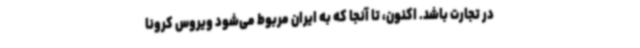
در تجارت باشد. اکنون، تا آنجا که به ایران مربوط می‌شود ویروس کرونا